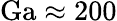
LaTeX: \mathrm{Ga}\approx 200